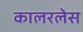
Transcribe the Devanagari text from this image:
कालरलेस